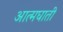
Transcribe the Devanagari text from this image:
अात्मघाती